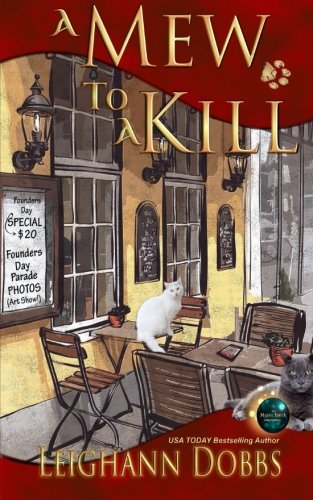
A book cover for A Mew To A Kill (Mystic Notch Cozy Mystery Series) (Volume 3); Leighann Dobbs; Mystery, Thriller & Suspense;